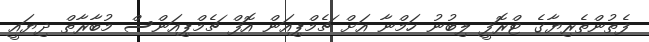
ފެތުންތެރިޔާގެ ޓްރޮފީ ލިބުނު ހަމްނާ އަށް ޗެމްޕިއަން އޮފް ޗެމްޕިއަންސް މުބާރާތް ދިޔައީ